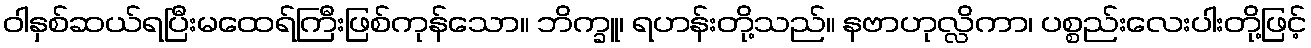
ဝါနှစ်ဆယ်ရပြီးမထေရ်ကြီးဖြစ်ကုန်သော။ ဘိက္ခူ၊ ရဟန်းတို့သည်။ နဗာဟုလ္လိကာ၊ ပစ္စည်းလေးပါးတို့ဖြင့်